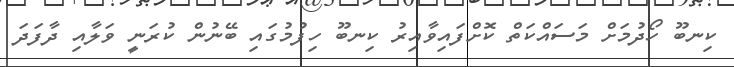
ކިނބޫ ހޯދުމަށް މަސައްކަތް ކޮށްފައިވާއިރު ކިނބޫ ހިފުމުގައި ބޭނުން ކުރަނީ ވަލާއި ދާފަދަ